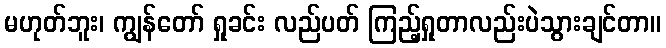
မဟုတ်ဘူး၊ ကျွန်တော် ရှုခင်း လည်ပတ် ကြည့်ရှုတာလည်းပဲသွားချင်တာ။